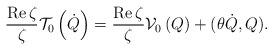
LaTeX: \begin{align*}\frac{\operatorname{Re}\zeta}{\zeta}\mathcal{T}_{0}\left( \dot{Q}\right)=\frac{\operatorname{Re}\zeta}{\zeta}\mathcal{V}_{0}\left( Q\right)+(\theta\dot{Q},Q). \end{align*}